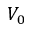
V _ { 0 }